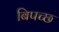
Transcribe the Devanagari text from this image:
बिपच्छ